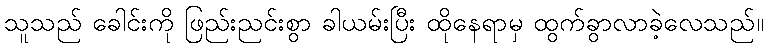
သူသည် ခေါင်းကို ဖြည်းညင်းစွာ ခါယမ်းပြီး ထိုနေရာမှ ထွက်ခွာလာခဲ့လေသည်။